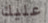
عليك